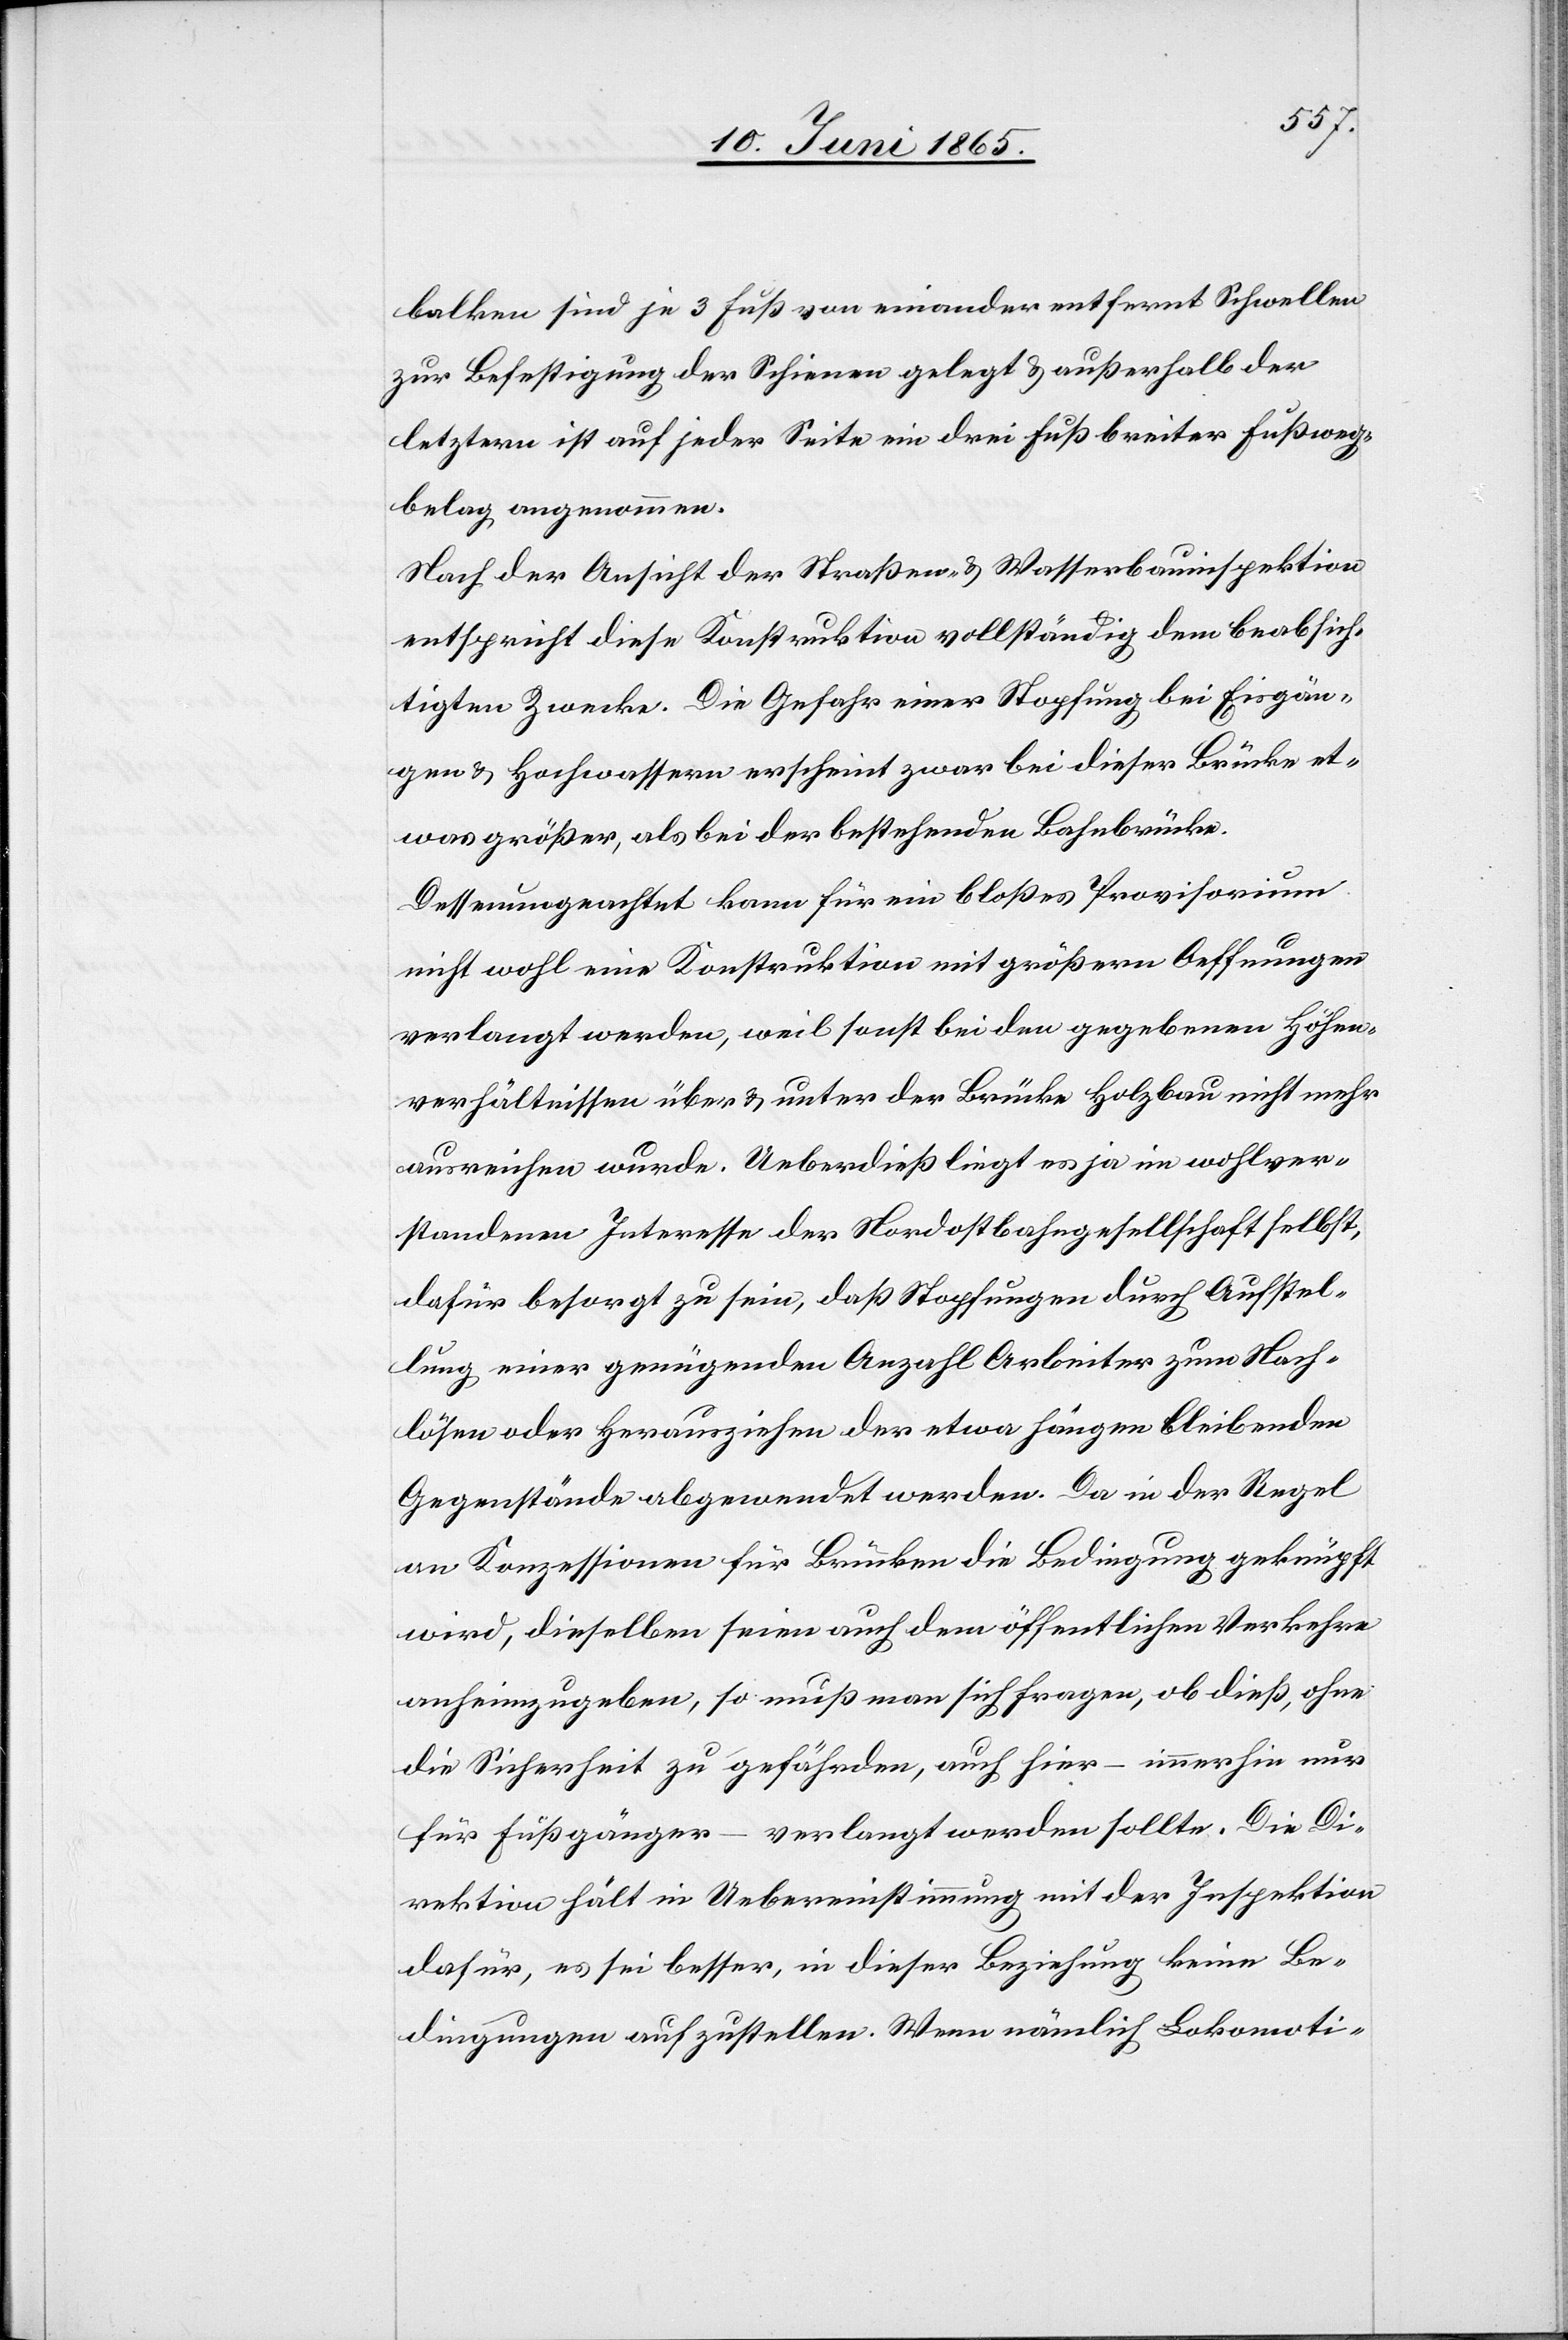
balken sind je 3 Fuß von einander entfernt Schwellen
zur Befestigung der Schienen gelegt & außerhalb der
letztern ist auf jeder Seite ein drei Fuß breiter Fußweg¬
belag angenommen.
Nach der Ansicht der Straßen- & Wasserbauinspektion
entspricht diese Konstruktion vollständig dem beabsich¬
tigten Zwecke. Die Gefahr einer Stopfung bei Eisgän¬
gen & Hochwassern erscheint zwar bei dieser Brücke et¬
was größer, als bei der bestehenden Bahnbrücke.
Dessenungeachtet kann für ein bloßes Provisorium
nicht wohl eine Konstruktion mit größern Oeffnungen
verlangt werden, weil sonst bei den gegebenen Höhen¬
verhältnissen über & unter der Brücke Holzbau nicht mehr
ausreichen wurde. Ueberdieß liegt es ja im wohlver¬
standenen Interesse der Nordostbahngesellschaft selbst,
dafür besorgt zu sein, daß Stopfungen durch Aufstel¬
lung einer genügenden Anzahl Arbeiter zum Nach¬
lösen oder Herausziehen der etwa hängen bleibenden
Gegenstände abgewendet werden. Da in der Regel
an Konzessionen für Brücken die Bedingung geknüpft
wird, dieselben seien auch dem öffentlichen Verkehre
anheimzugeben, so muß man sich fragen, ob dieß, ohne
die Sicherheit zu gefährden, auch hier – immerhin nur
für Fußgänger – verlangt werden sollte. Die Di¬
rektion hält in Uebereinstimmung mit der Inspektion
dafür, es sei besser, in dieser Beziehung keine Be¬
dingungen aufzustellen. Wenn nämlich Lokomoti-